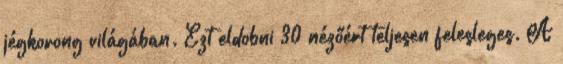
jégkorong világában. Ezt eldobni 30 nézőért teljesen felesleges. A